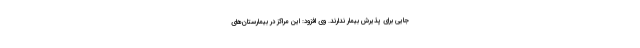
جایی برای پذیرش بیمار ندارند. وی افزود: این مراکز در بیمارستان‌های